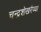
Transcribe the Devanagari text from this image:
चन्द्रशेखरैय्या